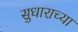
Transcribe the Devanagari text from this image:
सुधाराच्या